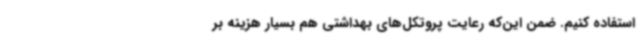
استفاده کنیم. ضمن این‌که رعایت پروتکل‌های بهداشتی هم بسیار هزینه بر